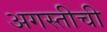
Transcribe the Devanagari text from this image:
अगस्तीची